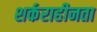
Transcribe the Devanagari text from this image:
शर्कराहीनता